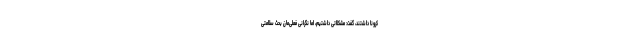
کرونا داشتند، گفت: مشکلاتی داشتیم،‌ اما نگرانی فعلی‌مان بحث سلامتی